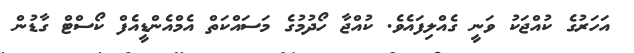
އަހަރުގެ ކުއްޖަކު ވަނީ ގެއްލިފައެވެ. ކުއްޖާ ހޯދުމުގެ މަސައްކަތް އެމްއެންޑީއެފް ކޯސްޓް ގާޑުން